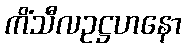
ကိံသီလဥဋ္ဌဟနော